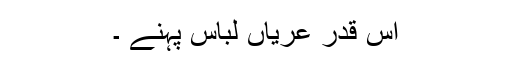
اس قدر عریاں لباس پہنے ۔